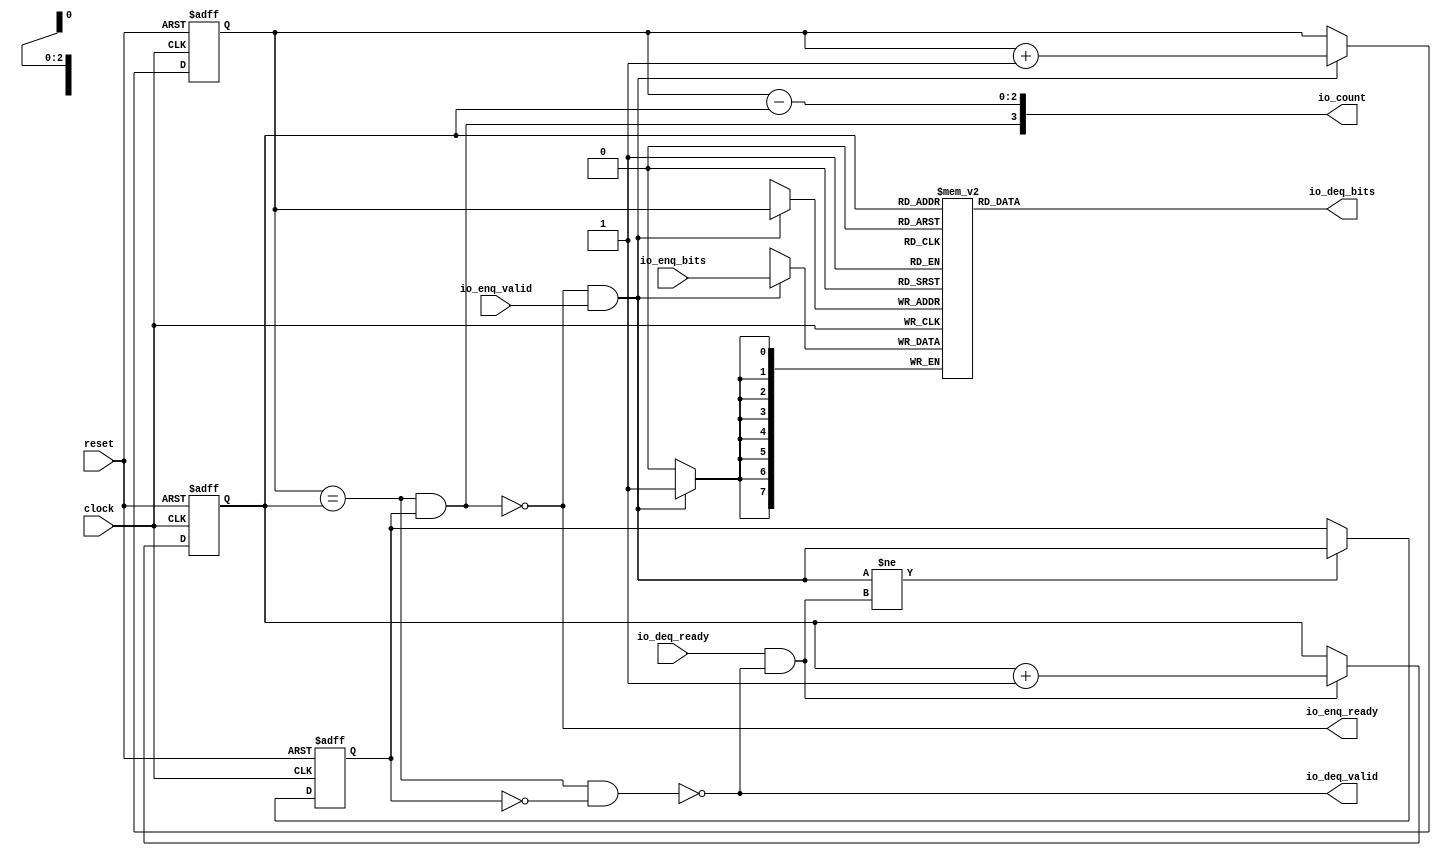
module sirv_queue_1(
  input   clock,
  input   reset,
  output  io_enq_ready,
  input   io_enq_valid,
  input  [7:0] io_enq_bits,
  input   io_deq_ready,
  output  io_deq_valid,
  output [7:0] io_deq_bits,
  output [3:0] io_count
);
  reg [7:0] ram [0:7];
// changed for simulation
generate
    begin: init_ram_to_zero
        integer ram_index;
        initial
            for (ram_index = 0; ram_index < 8; ram_index = ram_index + 1)
            ram[ram_index] = 8'h00;
    end
endgenerate
  reg [31:0] GEN_0;
  wire [7:0] ram_T_51_data;
  wire [2:0] ram_T_51_addr;
  wire [7:0] ram_T_35_data;
  wire [2:0] ram_T_35_addr;
  wire  ram_T_35_mask;
  wire  ram_T_35_en;
  reg [2:0] T_27;
  reg [31:0] GEN_1;
  reg [2:0] T_29;
  reg [31:0] GEN_2;
  reg  maybe_full;
  reg [31:0] GEN_3;
  wire  ptr_match;
  wire  T_32;
  wire  empty;
  wire  full;
  wire  T_33;
  wire  do_enq;
  wire  T_34;
  wire  do_deq;
  wire [3:0] T_39;
  wire [2:0] T_40;
  wire [2:0] GEN_4;
  wire [3:0] T_44;
  wire [2:0] T_45;
  wire [2:0] GEN_5;
  wire  T_46;
  wire  GEN_6;
  wire  T_48;
  wire  T_50;
  wire [3:0] T_52;
  wire [2:0] ptr_diff;
  wire  T_53;
  wire [3:0] T_54;
  assign io_enq_ready = T_50;
  assign io_deq_valid = T_48;
  assign io_deq_bits = ram_T_51_data;
  assign io_count = T_54;
  assign ram_T_51_addr = T_29;
  assign ram_T_51_data = ram[ram_T_51_addr];
  assign ram_T_35_data = io_enq_bits;
  assign ram_T_35_addr = T_27;
  assign ram_T_35_mask = do_enq;
  assign ram_T_35_en = do_enq;
  assign ptr_match = T_27 == T_29;
  assign T_32 = maybe_full == 1'h0;
  assign empty = ptr_match & T_32;
  assign full = ptr_match & maybe_full;
  assign T_33 = io_enq_ready & io_enq_valid;
  assign do_enq = T_33;
  assign T_34 = io_deq_ready & io_deq_valid;
  assign do_deq = T_34;
  assign T_39 = T_27 + 3'h1;
  assign T_40 = T_39[2:0];
  assign GEN_4 = do_enq ? T_40 : T_27;
  assign T_44 = T_29 + 3'h1;
  assign T_45 = T_44[2:0];
  assign GEN_5 = do_deq ? T_45 : T_29;
  assign T_46 = do_enq != do_deq;
  assign GEN_6 = T_46 ? do_enq : maybe_full;
  assign T_48 = empty == 1'h0;
  assign T_50 = full == 1'h0;
  assign T_52 = T_27 - T_29;
  assign ptr_diff = T_52[2:0];
  assign T_53 = maybe_full & ptr_match;
  assign T_54 = {T_53,ptr_diff};

  always @(posedge clock) begin // The RAM block does not need reset
    if(ram_T_35_en & ram_T_35_mask) begin
      ram[ram_T_35_addr] <= ram_T_35_data;
    end
  end

  always @(posedge clock or posedge reset)
    if (reset) begin
      T_27 <= 3'h0;
    end else begin
      if (do_enq) begin
        T_27 <= T_40;
      end
    end

  always @(posedge clock or posedge reset)
    if (reset) begin
      T_29 <= 3'h0;
    end else begin
      if (do_deq) begin
        T_29 <= T_45;
      end
    end

  always @(posedge clock or posedge reset)
    if (reset) begin
      maybe_full <= 1'h0;
    end else begin
      if (T_46) begin
        maybe_full <= do_enq;
      end
    end

endmodule